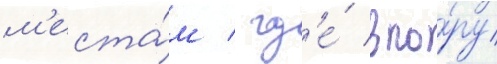
м'еста́м / гд'е́ впо́ру